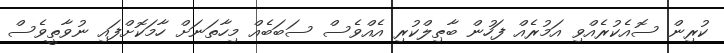
ކުރިން ސޮއެކުރެއްވި އަމުރެއް ފަހުން ބާޠިލްކުރި އެއްވެސް ސަބަބެއް މިހާތަނަށް ހާމަކޮށްފައި ނުވާތީވެސް